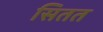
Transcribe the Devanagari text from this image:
सितत